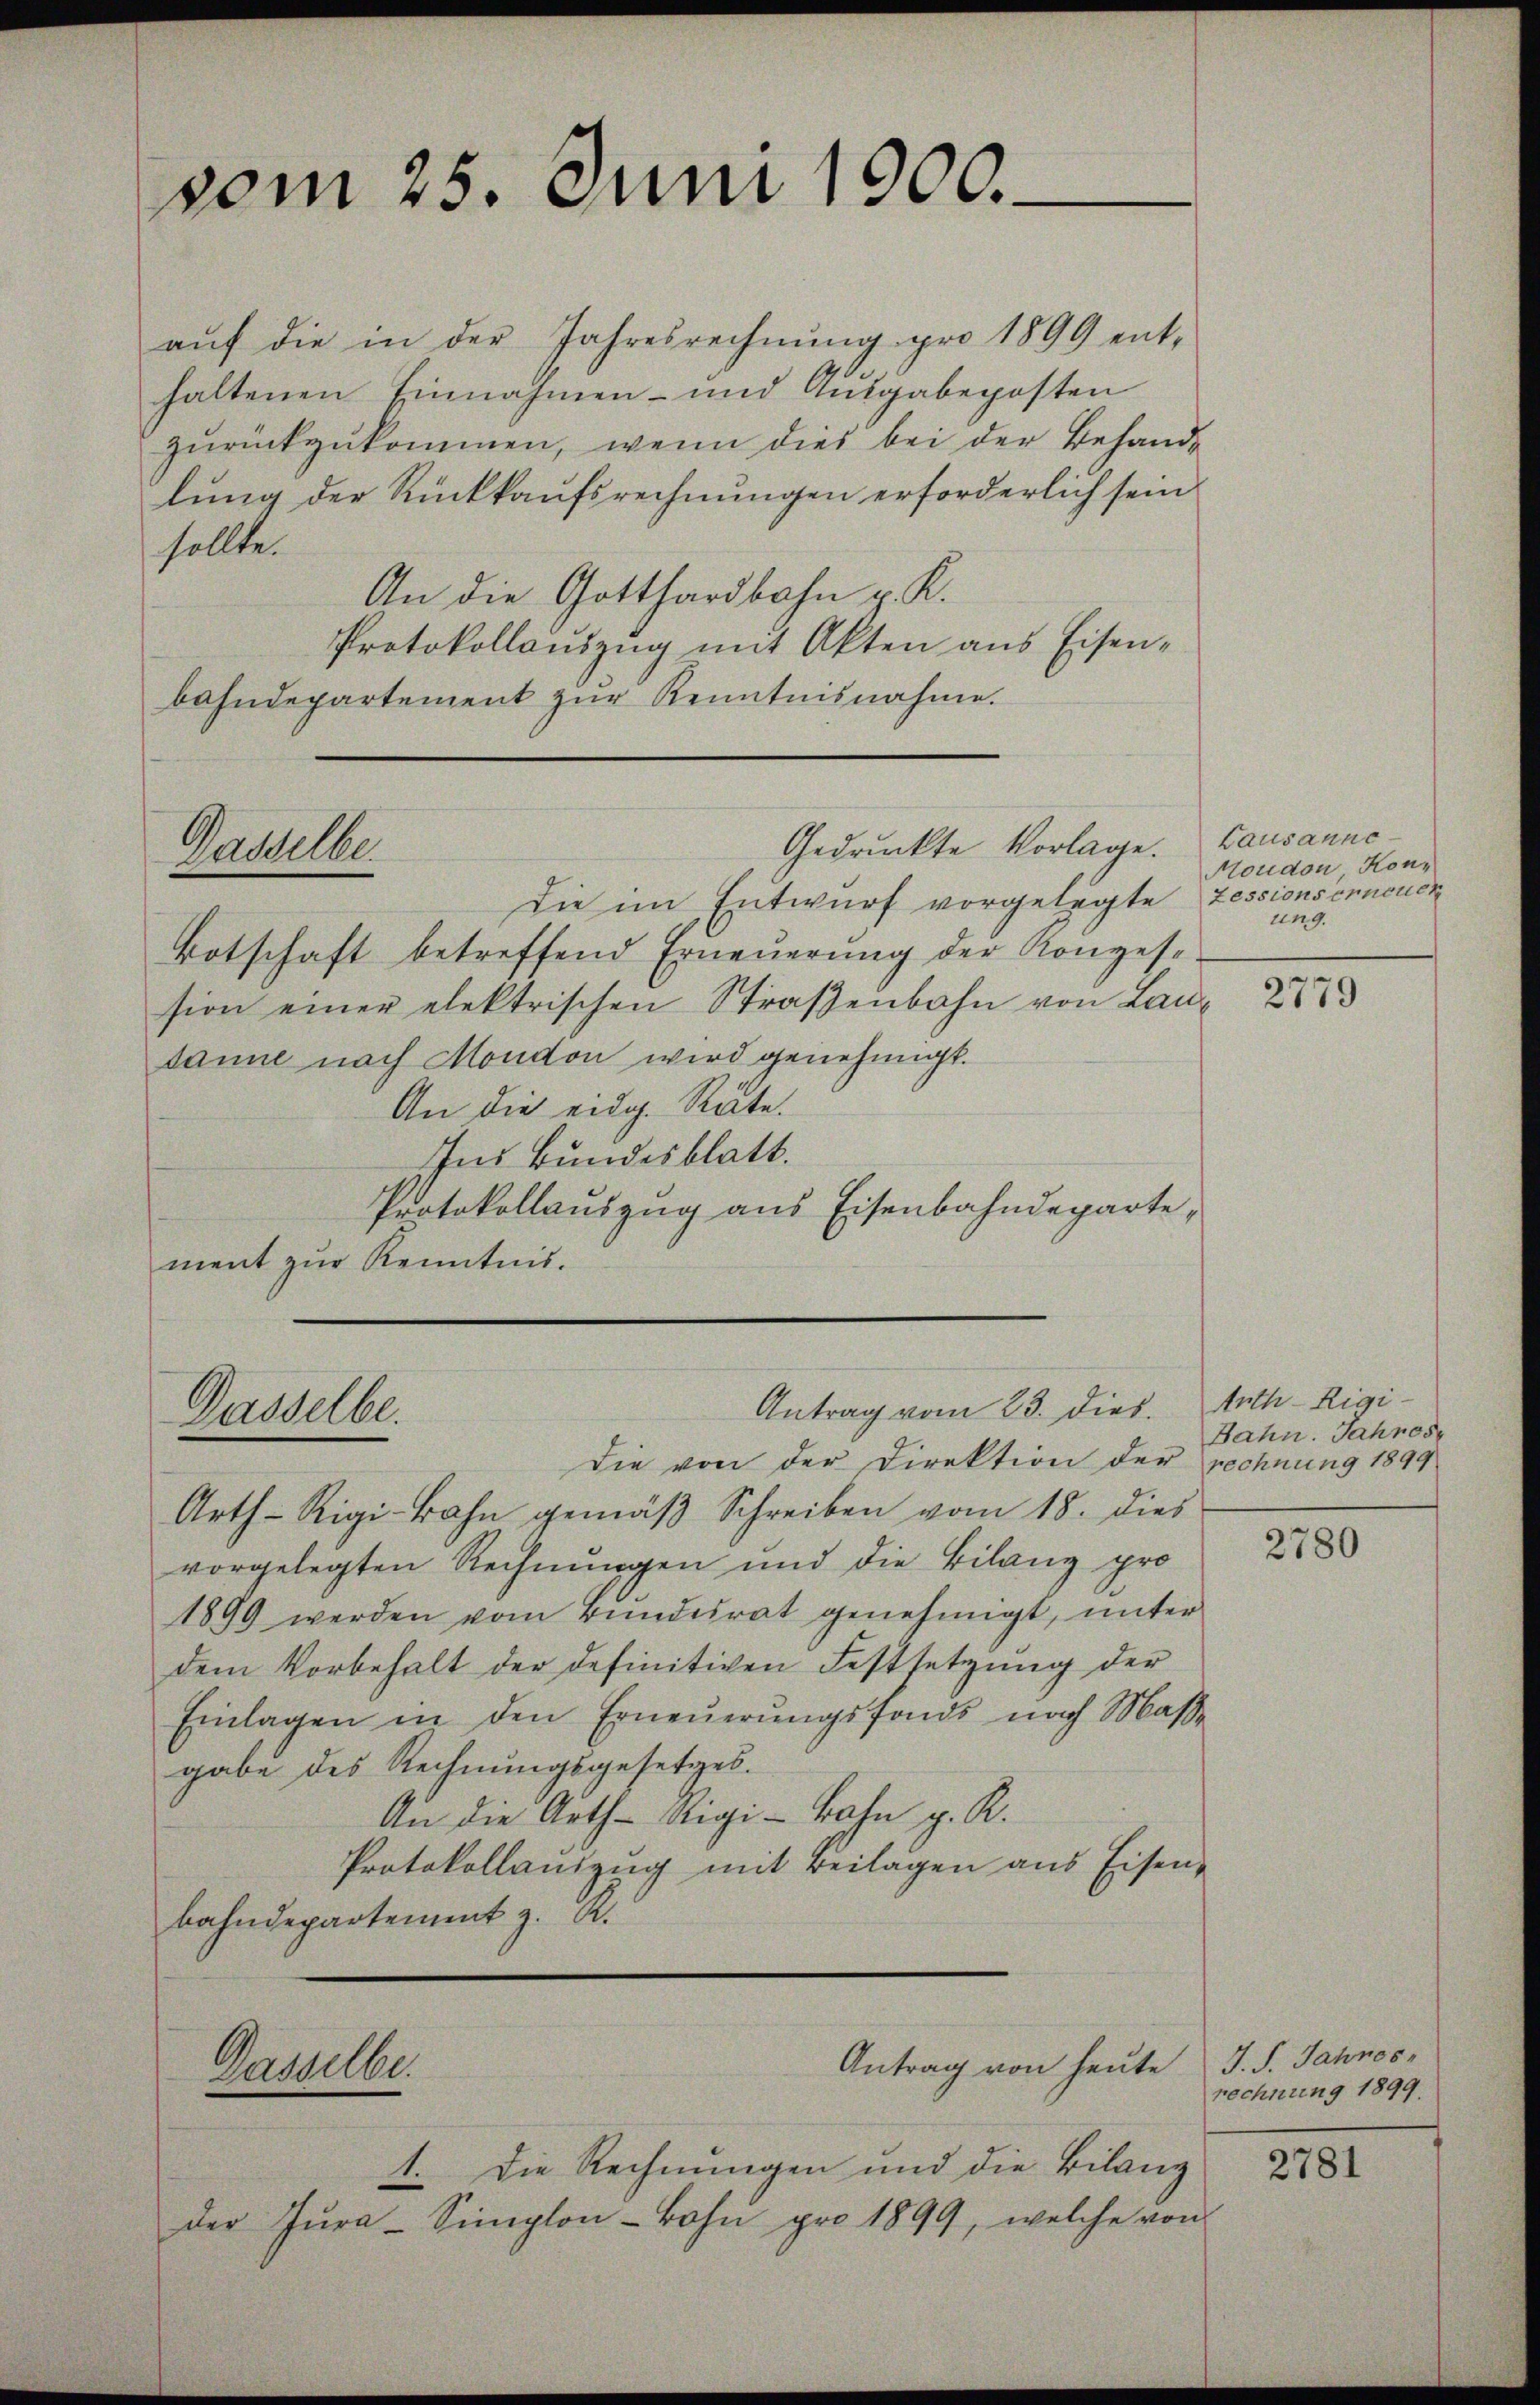
vom 25. Juni 1900.

aŭf die in der Jahresrechnŭng pro 1899 ent-
haltenen Einnahmen- und Ausgabeposten
zŭrückzŭkommen, wenn dies bei der Behandlung der Rückkaufsrechnungen erforderlich sein
sollte.
An die Gotthardbahn z. K.
Protokollauszug mit Akten aus Eisenbahndepartement zŭr Kenntnisnahme.

Gasselbe

Dasselbe.

Dasselbe.

Die im Entwurf vorgelegte Zessionsenneuch
Botschaft betreffend Erneŭerŭng der Konzes-
sion einer elektrischen Straβenbahn von Laudanne nach Mondon wird genehmigt.
An die eidg. Rate.
Ins Bundesblatt.
Protokollauszug aus Eisenbahndeparte,
ment zur Kenntnis.

Gedruckte Vorlage.

Antrag vom 23. dies

Die von der Direktion der rechnung 1899
Arth-Rigi-Bahn gemäβ Schreiben vom 18. dies
vorgelegten Rechnungen und die Bilanz pro
1899 werden vom Bŭndesrat genehmigt, unter
dem Vorbehalt der definitiven Festsetzŭng der
Einlagen in den Erneŭerŭngsfonds nach Maβe
gabe des Rechnungsgesetzes.
An die Arth-Aegi-Bahn g. R.
Protokollauszug mit Beilagen aus Eisen-
bahndepartement z. R.

1. Die Rechnungen und die Bilanz
der Zŭra-Simplon Bohn pro 1899, welche von

Antrag von heute J. J. Jahres-

Lausanne
Moudon, Konung.

2779

Auth-Rigi-
Bahn. Jahres

2780

rechnung 1899.

2781